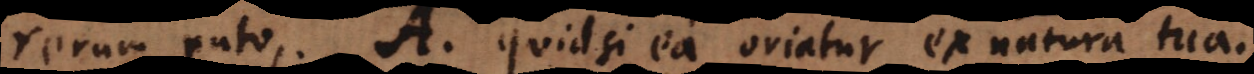
rerum puto. A. Quid si ea oriatur ex natura tua.